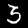
Digit: 3